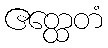
ဧတ္ထေတံ